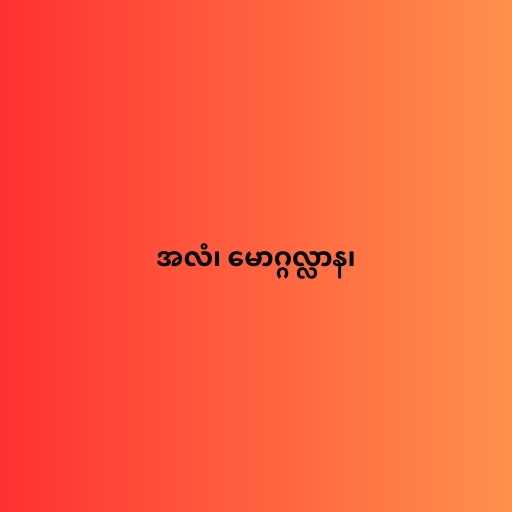
အလံ၊ မောဂ္ဂလ္လာန၊